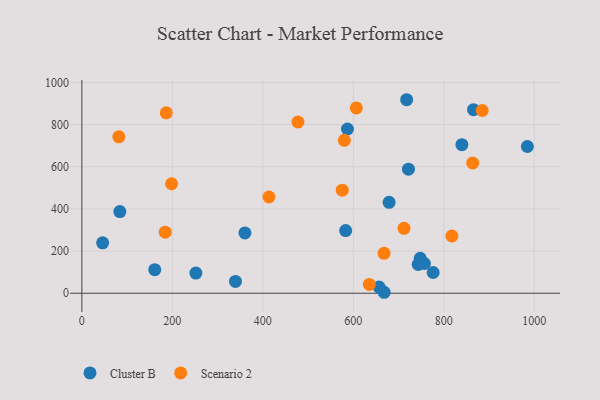
{"axis": {"x": "Price", "y": "Salary"}, "legend": ["Cluster B", "Scenario 2"], "data": [{"x": "839.9", "y": 704.6, "type": "Cluster B"}, {"x": "776.4", "y": 98.5, "type": "Cluster B"}, {"x": "583.0", "y": 297.3, "type": "Cluster B"}, {"x": "865.6", "y": 870.8, "type": "Cluster B"}, {"x": "45.9", "y": 239.2, "type": "Cluster B"}, {"x": "252.0", "y": 95.6, "type": "Cluster B"}, {"x": "747.8", "y": 165.9, "type": "Cluster B"}, {"x": "668.1", "y": 4.6, "type": "Cluster B"}, {"x": "679.0", "y": 431.5, "type": "Cluster B"}, {"x": "757.1", "y": 141.1, "type": "Cluster B"}, {"x": "587.0", "y": 779.1, "type": "Cluster B"}, {"x": "721.8", "y": 588.4, "type": "Cluster B"}, {"x": "717.8", "y": 918.0, "type": "Cluster B"}, {"x": "743.3", "y": 136.6, "type": "Cluster B"}, {"x": "339.5", "y": 56.0, "type": "Cluster B"}, {"x": "360.4", "y": 286.3, "type": "Cluster B"}, {"x": "161.1", "y": 111.9, "type": "Cluster B"}, {"x": "984.6", "y": 696.2, "type": "Cluster B"}, {"x": "656.9", "y": 29.2, "type": "Cluster B"}, {"x": "84.0", "y": 387.3, "type": "Cluster B"}, {"x": "606.6", "y": 878.9, "type": "Scenario 2"}, {"x": "667.9", "y": 189.6, "type": "Scenario 2"}, {"x": "635.3", "y": 41.9, "type": "Scenario 2"}, {"x": "575.5", "y": 488.9, "type": "Scenario 2"}, {"x": "186.6", "y": 855.8, "type": "Scenario 2"}, {"x": "580.1", "y": 725.5, "type": "Scenario 2"}, {"x": "817.7", "y": 271.6, "type": "Scenario 2"}, {"x": "198.3", "y": 519.4, "type": "Scenario 2"}, {"x": "477.5", "y": 812.3, "type": "Scenario 2"}, {"x": "184.2", "y": 289.8, "type": "Scenario 2"}, {"x": "712.0", "y": 308.1, "type": "Scenario 2"}, {"x": "884.8", "y": 867.0, "type": "Scenario 2"}, {"x": "413.5", "y": 456.5, "type": "Scenario 2"}, {"x": "81.7", "y": 742.2, "type": "Scenario 2"}, {"x": "863.8", "y": 618.3, "type": "Scenario 2"}]}